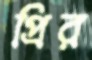
প্রির